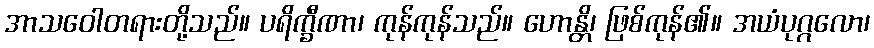
အာသဝေါတရားတို့သည်။ ပရိက္ခီဏာ၊ ကုန်ကုန်သည်။ ဟောန္တိ၊ ဖြစ်ကုန်၏။ အယံပုဂ္ဂလော၊